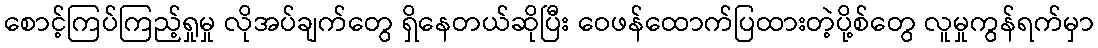
စောင့်ကြပ်ကြည့်ရှုမှု လိုအပ်ချက်တွေ ရှိနေတယ်ဆိုပြီး ဝေဖန်ထောက်ပြထားတဲ့ပို့စ်တွေ လူမှုကွန်ရက်မှာ